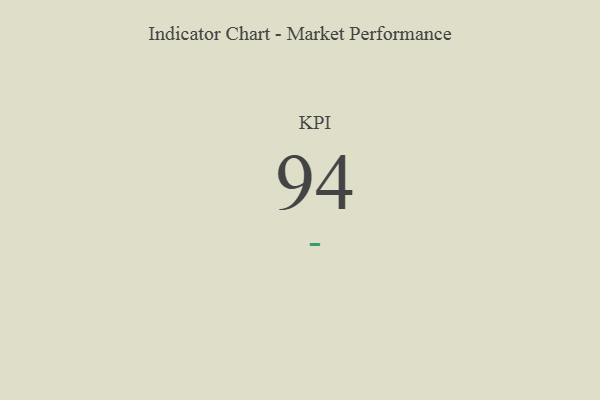
{"axis": {"x": "KPI", "y": "Value"}, "legend": [""], "data": [{"x": "KPI", "y": 94, "type": ""}]}